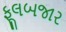
ફૂલબજાર